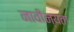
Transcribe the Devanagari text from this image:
नावीन्यता